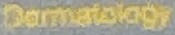
Dermatology